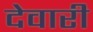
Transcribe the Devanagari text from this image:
देवारी